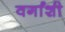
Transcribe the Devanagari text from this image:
वर्गांशी